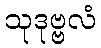
သုဒုဗ္ဗလံ